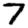
Digit: 7